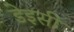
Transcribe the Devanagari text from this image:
डेइसी